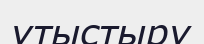
ұтыстыру